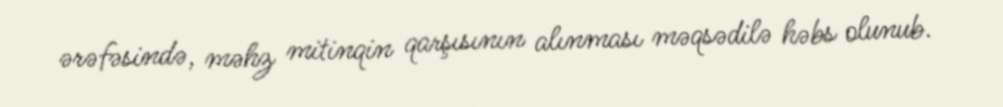
ərəfəsində, məhz mitinqin qarşısının alınması məqsədilə həbs olunub.